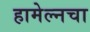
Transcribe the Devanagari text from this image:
हामेल्नचा